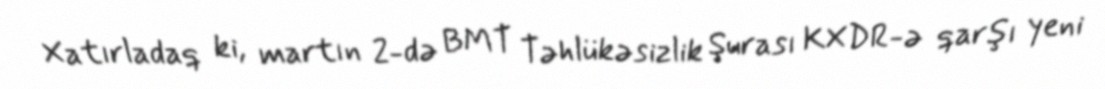
Xatırladaq ki, martın 2-də BMT Təhlükəsizlik Şurası KXDR-ə qarşı yeni